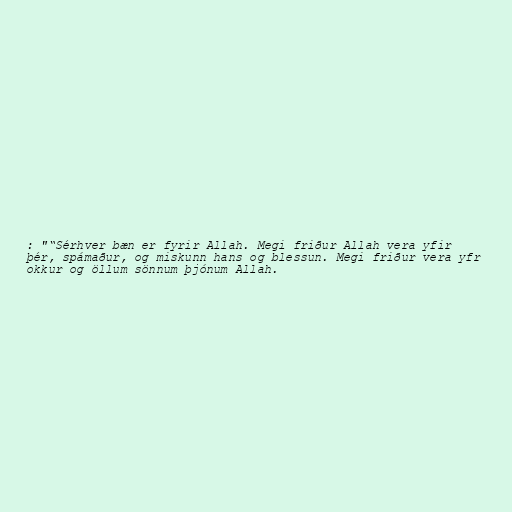
: "“Sérhver bæn er fyrir Allah. Megi friður Allah vera yfir
þér, spámaður, og miskunn hans og blessun. Megi friður vera yfr
okkur og öllum sönnum þjónum Allah.